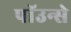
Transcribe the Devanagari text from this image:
पाॅउन्से